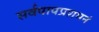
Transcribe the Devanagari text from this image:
सर्वपापप्रशमनं